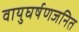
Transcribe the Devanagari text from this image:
वायुघर्षणजनित